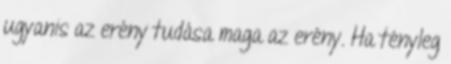
ugyanis az erény tudása maga az erény. Ha tényleg